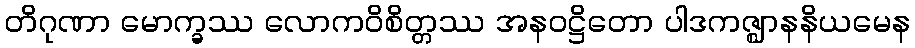
တိဂုဏာ မောက္ခဿ လောကဝိစိတ္တဿ အနဝဋ္ဌိတော ပါဒကဇ္ဈာနနိယမေန